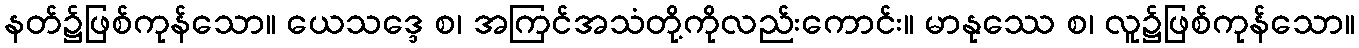
နတ်၌ဖြစ်ကုန်သော။ ယေသဒ္ဒေ စ၊ အကြင်အသံတို့ကိုလည်းကောင်း။ မာနုဿေ စ၊ လူ၌ဖြစ်ကုန်သော။